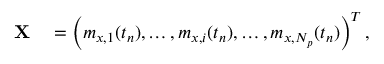
\begin{array} { r l } { \mathbf { X } } & { { } = \left( m _ { x , 1 } ( t _ { n } ) , \ldots , m _ { x , i } ( t _ { n } ) , \ldots , m _ { x , N _ { p } } ( t _ { n } ) \right) ^ { T } , } \end{array}